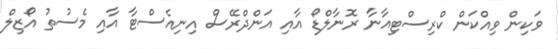
ވަކިން ވިއްކަން ކްރިސްޓިއާނާ ރޮނާލްޑޯ އާއި އަންދްރޭސް އިނިއެސްޓާ އާއި މެސުތު އޯޒިލް